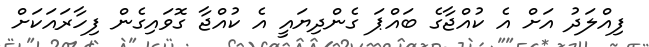
ފިއްލަދު އަށް އެ ކުއްޖާގެ ބައްޕަ ގެންދިޔައީ އެ ކުއްޖާ ގޮވައިގެން ފިހާރައަކަށް